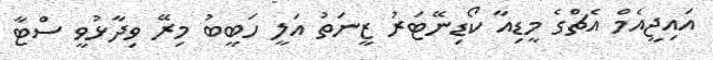
އައިޖީއެމް އެޗްގެ މީޑިއާ ކޯޑިނޭޓަރު ޒީނަތު އަލީ ހަބީބު މިރޭ ވިދާޅުވީ ސްޓާ